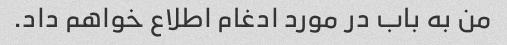
من به باب در مورد ادغام اطلاع خواهم داد.